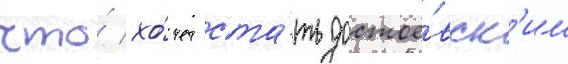
что́ хо́чет ста́ть достое́вск'им